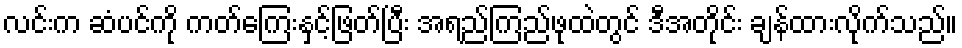
လင်းက ဆံပင်ကို ကတ်ကြေးနှင့်ဖြတ်ပြီး အရည်ကြည်ဖုထဲတွင် ဒီအတိုင်း ချန်ထားလိုက်သည်။